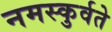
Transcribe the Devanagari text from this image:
नमस्कुर्वते